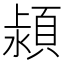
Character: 𣾢